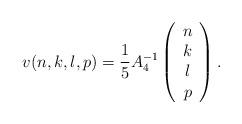
LaTeX: \begin{align*}v(n,k,l,p)=\frac{1}{5}A_4^{-1}\left(\begin{array}{c}n\\k\\l\\p\end{array}\right).\end{align*}